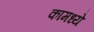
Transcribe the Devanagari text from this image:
कामध्ये